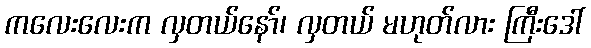
ကလေးလေးက လှတယ်နော်၊ လှတယ် မဟုတ်လား ကြီးဒေါ်